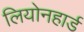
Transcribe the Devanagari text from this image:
लियोनहार्ड